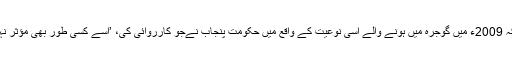
اُنھوں نے کہا کہ 2009ء میں گوجرہ میں ہونے والے اِسی نوعیت کے واقع میں حکومتِ پنجاب نےجو کارروائی کی، ’اُسے کسی طور بھی مؤثر نہیں کہا جاسکتا‘۔